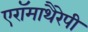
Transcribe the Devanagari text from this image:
एरॉमाथैरेपी